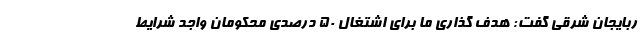
ربایجان شرقی گفت: هدف گذاری ما برای اشتغال ۵۰ درصدی محکومان واجد شرایط